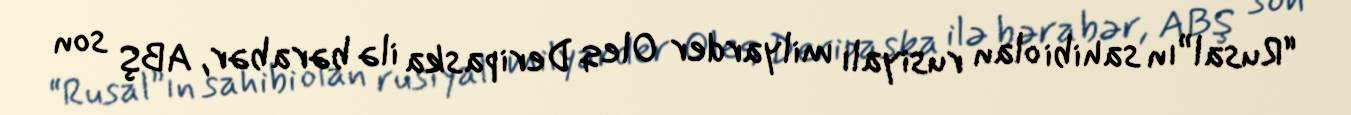
“Rusal”ın sahibi olan rusiyalı milyarder Oleq Deripaska ilə bərabər, ABŞ son